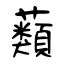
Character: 蘱